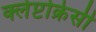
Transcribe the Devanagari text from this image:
क्लेप्टोक्रेसी